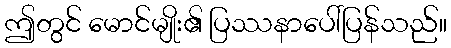
ဤတွင် မောင်မျိုး၏ ပြဿနာပေါ်ပြန်သည်။